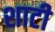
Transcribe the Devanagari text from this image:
शाटी